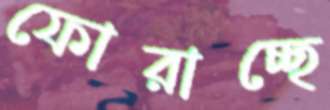
ফোরাচ্ছে